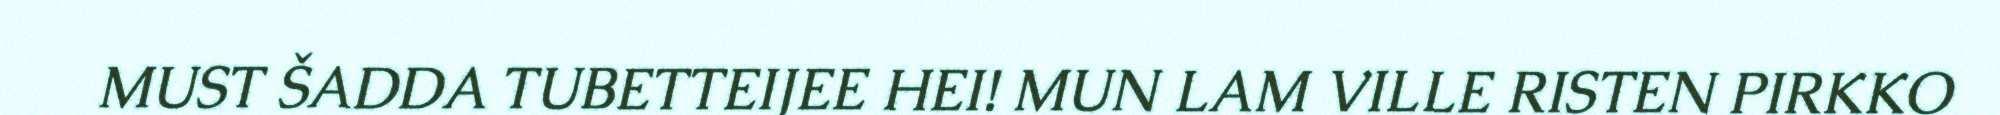
MUST ŠADDA TUBETTEIJEE HEI! MUN LAM VILLE RISTEN PIRKKO